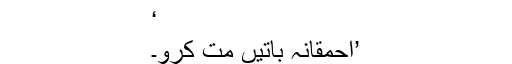
‘
’احمقانہ باتیں مت کرو۔